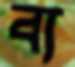
ব্য